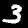
Digit: 3